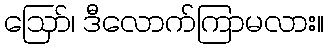
ဪ၊ ဒီလောက်ကြာမလား။